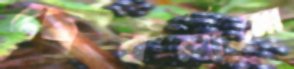
ছেবলামো